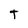
Character: t